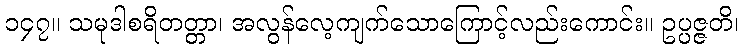
၁၄၇။ သမုဒါစရိတတ္တာ၊ အလွန်လေ့ကျက်သောကြောင့်လည်းကောင်း။ ဥပ္ပဇ္ဇတိ၊